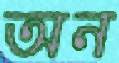
অন